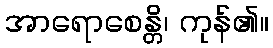
အာရောစေန္တိ၊ ကုန်၏။